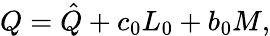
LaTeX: Q=\hat{Q}+c_{0}L_{0}+b_{0}M,